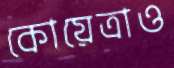
কোয়েত্রাও